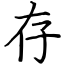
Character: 存